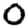
Digit: 0